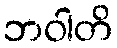
ဘဝါတိ